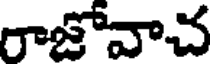
రాజొవాచ